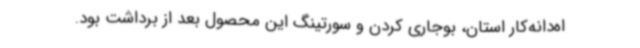
اه‌دانه‌کار استان، بوجاری کردن و سورتینگ این محصول بعد از برداشت بود.